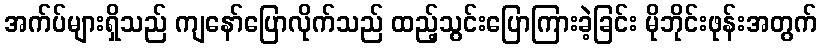
အက်ပ်များရှိသည် ကျနော်ပြောလိုက်သည် ထည့်သွင်းပြောကြားခဲ့ခြင်း မိုဘိုင်းဖုန်းအတွက်